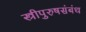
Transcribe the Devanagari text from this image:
स्त्रीपुरुषसंबंध